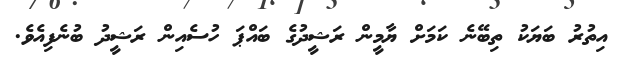
އިތުރު ބަޔަކު ތިބޭނެ ކަމަށް ޔާމީން ރަޝީދުގެ ބައްޕަ ހުސެއިން ރަޝީދު ބުނެފިއެވެ.